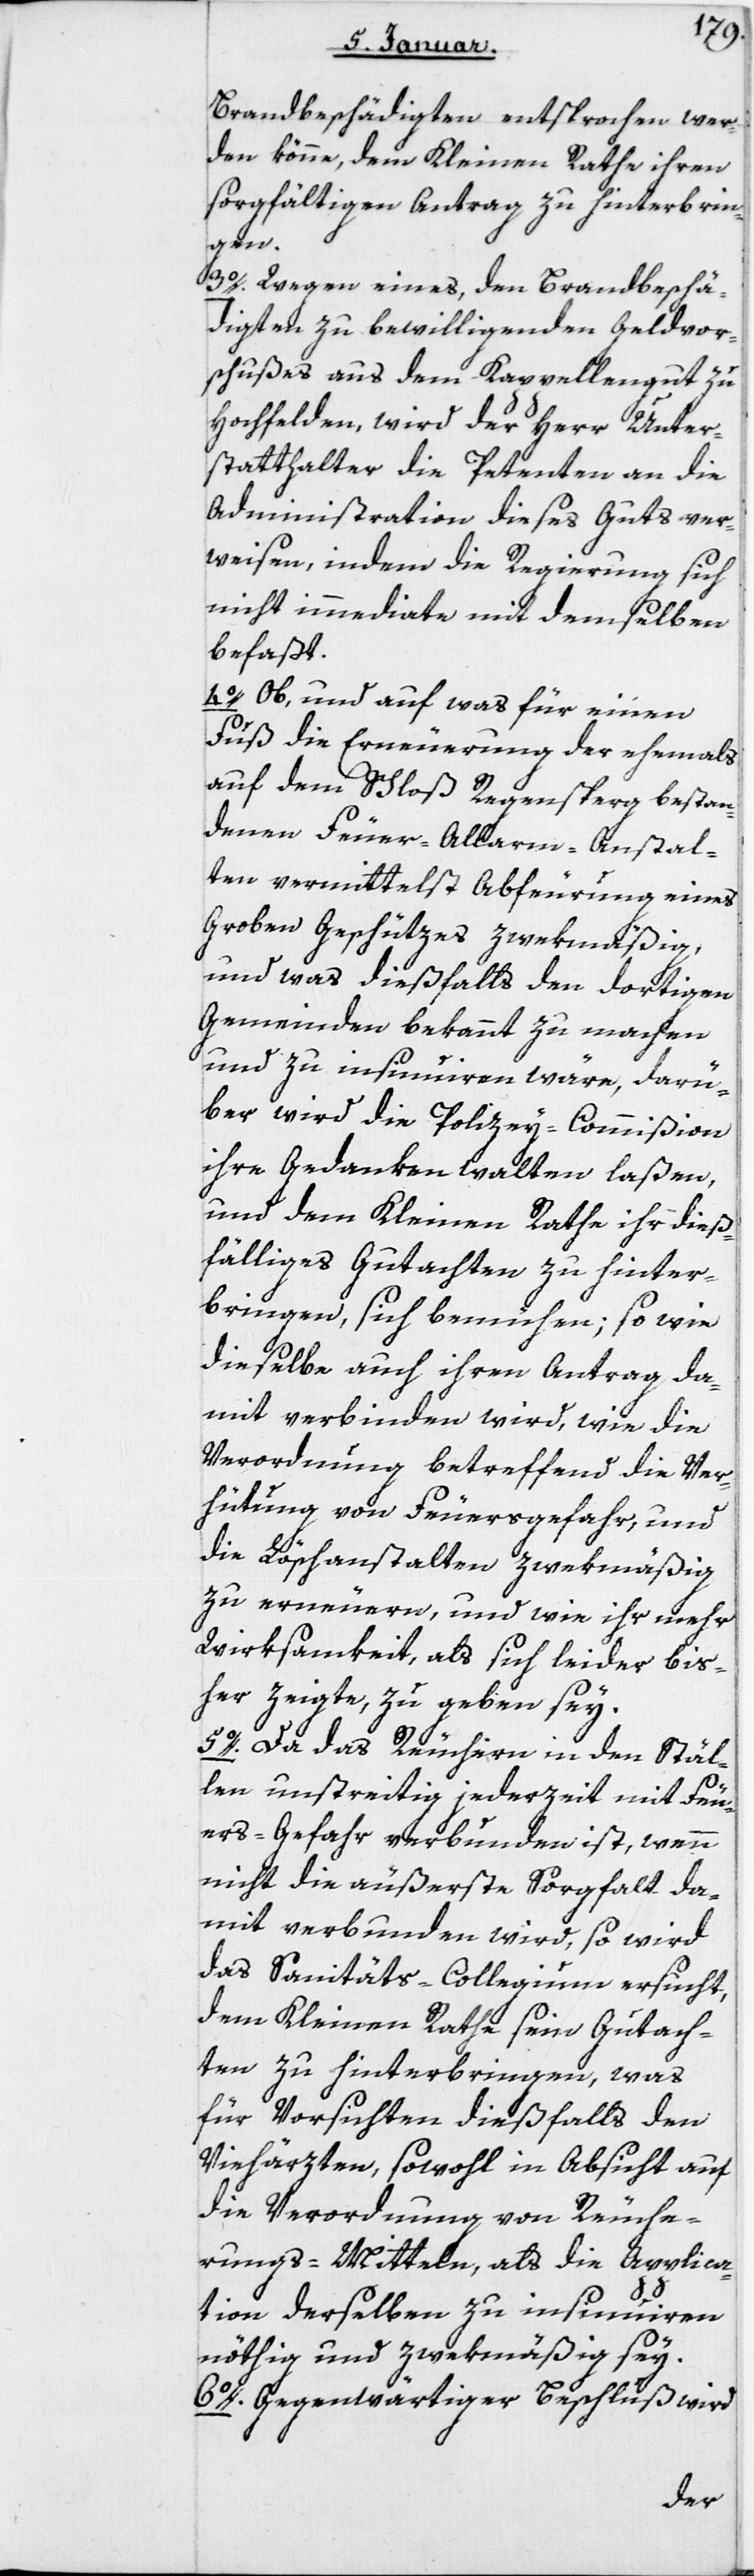
Brandbeschädigten entsprochen wer¬
den könne, dem Kleinen Rathe ihren
sorgfältigen Antrag zu hinterbrin¬
gen.
3. Wegen eines, den Brandbeschä¬
digten zu bewilligenden Geldvor¬
schußes aus dem Kapellengut zu
Hochfelden, wird der Herr Unter¬
statthalter die Petenten an die
Administration dieses Guts ver¬
weisen, indem die Regierung sich
nicht immediate mit demselben
befaßt.
4. Ob und auf was für einen
Fuß die Erneuerung der ehemals
auf dem Schloß Regensperg bestan¬
denen Feuer-Alarm-Anstal¬
ten vermittelst Abfeurung eines
groben Geschützes zwekmäßig,
und was dießfalls den dortigen
Gemeinden bekannt zu machen
und zu insinuieren wäre, darü¬
ber wird die Polizey-Commißion
ihre Gedanken walten laßen,
und dem Kleinen Rathe ihr dieß¬
fälliges Gutachten zu hinter¬
bringen, sich bemühen; sowie
dieselbe auch ihren Antrag da¬
mit verbinden wird, wie die
Verordnung betreffend die Ver¬
hütung von Feuersgefahr und
die Löschanstalten zwekmäßig
zu erneuern, und wie ihr mehr
Wirksamkeit, als sich leider bis¬
her zeigte, zu geben sey.
5. Da das Räuchern in den Stäl¬
len unstreitig jederzeit mit Feu¬
ersgefahr verbunden ist, wenn
nicht die äußerste Sorgfalt da¬
mit verbunden wird, so wird
das Sanitäts-Collegium ersucht,
dem Kleinen Rathe sein Gutach¬
ten zu hinterbringen, was
für Vorsichten dießfalls den
Viehärzten, sowohl in Absicht auf
die Verordnung von Räuche¬
rungs-Mitteln, als die Applica¬
tion derselben zu insinuieren
nöthig und zwekmäßig sey.
6. Gegenwärtiger Beschluß wird